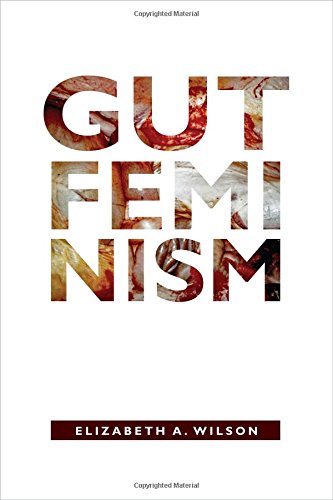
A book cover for Gut Feminism (Next Wave: New Directions in Women's Studies); Elizabeth A. Wilson; Politics & Social Sciences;